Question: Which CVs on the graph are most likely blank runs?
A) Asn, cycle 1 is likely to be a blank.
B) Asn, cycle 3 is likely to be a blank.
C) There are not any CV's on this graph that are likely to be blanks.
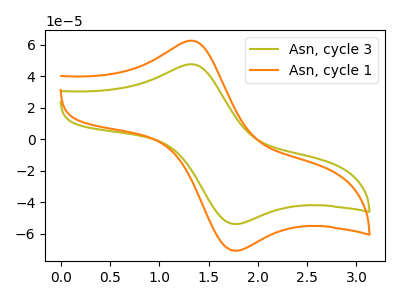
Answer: <think>The olive curve "Asn, cycle 3" has an anodic peak at (1.35V, 47.55uA) and a cathodic peak at (1.75V, -53.95uA). The orange curve "Asn, cycle 1" has an anodic peak at (1.35V, 62.50uA) and a cathodic peak at (1.75V, -70.95uA).</think>
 <answer>C) There are not any CV's on this graph that are likely to be blanks.</answer>
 <eval>C</eval>